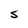
Character: S